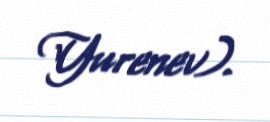
Yurenev).